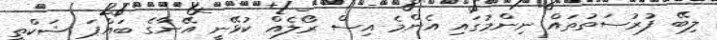
ލިބޭ ފުރުސަތުތައް ނިންމުގައި އެންމެ އިސް ރޯލެއް ކުޅޭނީ އޭނާގެ ބައްޕަ ޝަކްތީ